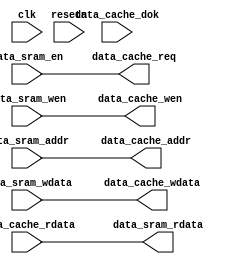
module data_cache(
    input   wire        clk,
    input   wire        resetn,

    //misp
    input   wire        data_sram_en    ,
    input   wire [3:0]  data_sram_wen   ,
    input   wire [31:0] data_sram_addr  ,
    input   wire [31:0] data_sram_wdata ,
    output  wire [31:0] data_sram_rdata ,

    //arbitrater
    output  wire        data_cache_req  ,
    output  wire [ 3:0] data_cache_wen  ,
    output  wire [31:0] data_cache_addr ,
    output  wire [31:0] data_cache_wdata,
    input   wire [31:0] data_cache_rdata,
    input   wire        data_cache_dok
);
    wire hit;
    assign hit = 1'b0;
    assign data_sram_rdata = data_cache_rdata;

    //output to arbitrater
    assign data_cache_addr              = data_sram_addr    ;
    assign data_cache_wen               = data_sram_wen     ;
    assign data_cache_wdata             = data_sram_wdata   ;
        //REQUEST
    assign data_cache_req               = ~hit && data_sram_en;

endmodule